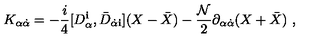
K _ { \alpha { \dot { \alpha } } } = - \frac { i } { 4 } [ D _ { \alpha } ^ { \mathbf i } , { \bar { D } } _ { { \dot { \alpha } } { \mathbf i } } ] ( X - { \bar { X } } ) - \frac { { \mathcal N } } { 2 } \partial _ { \alpha { \dot { \alpha } } } ( X + { \bar { X } } ) \ ,